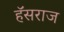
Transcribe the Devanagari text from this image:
हॅसराज